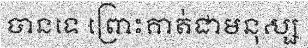
បានទេ ព្រោះគាត់ជាមនុស្ស